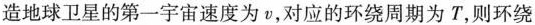
造地球卫星的第一宇宙速度为v，对应的环绕周期为T，则环绕